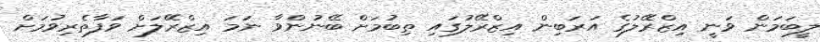
ލީބަމަން ވަނީ އިޒްރޭލުގެ އަރަބިން އިޒްރޭލުގައި ތިބުމަށް ބޭނުންވާ ނަމަ އިޒްރޭލަށް ވަފާތެރިވުމަށް